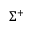
\Sigma ^ { + }